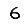
Digit: 6